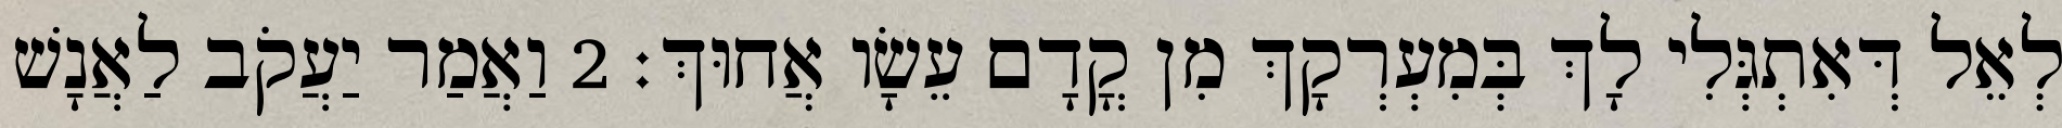
לְאֵל דְּאִתְגְּלִי לָךְ בְּמִעְרְקָךְ מִן קֳדָם עֵשָׂו אֲחוּךְ׃ 2 וַאֲמַר יַעֲקֹב לַאֲנָשׁ